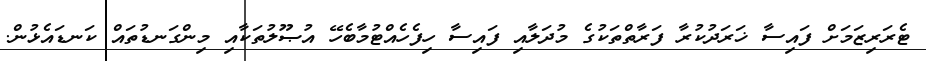
ޓެރަރިޒަމަށް ފައިސާ ޚަރަދުކުރާ ފަރާތްތަކުގެ މުދަލާއި ފައިސާ ހިފެހެއްޓުމާބެހޭ އުޞޫލުތަކާއި މިންގަނޑުތައް ކަނޑައެޅުން.